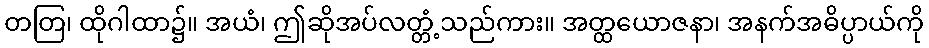
တတြ၊ ထိုဂါထာ၌။ အယံ၊ ဤဆိုအပ်လတ္တံ့သည်ကား။ အတ္ထယောဇနာ၊ အနက်အဓိပ္ပာယ်ကို